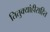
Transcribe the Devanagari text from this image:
तितुक्यांहीसहित